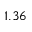
1 . 3 6